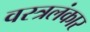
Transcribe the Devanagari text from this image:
वस्त्रलंकार